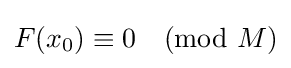
F(x_{0})\equiv 0{\pmod {M}}